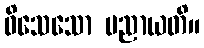
ဝိသေသော ပညာယတိ။